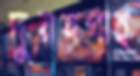
দুরবগাহ